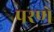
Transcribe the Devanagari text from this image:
परणे